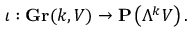
\iota : \mathbf { G r } ( k , V ) \to \mathbf { P } \left( \Lambda ^ { k } V \right) .